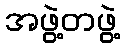
အဖွဲ့တဖွဲ့